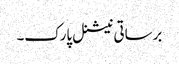
برساتی نیشنل پارک۔